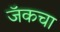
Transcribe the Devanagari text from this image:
जॅकचा